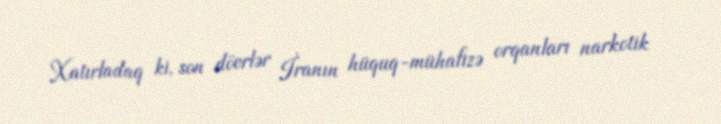
Xatırladaq ki, son dövrlər İranın hüquq-mühafizə orqanları narkotik